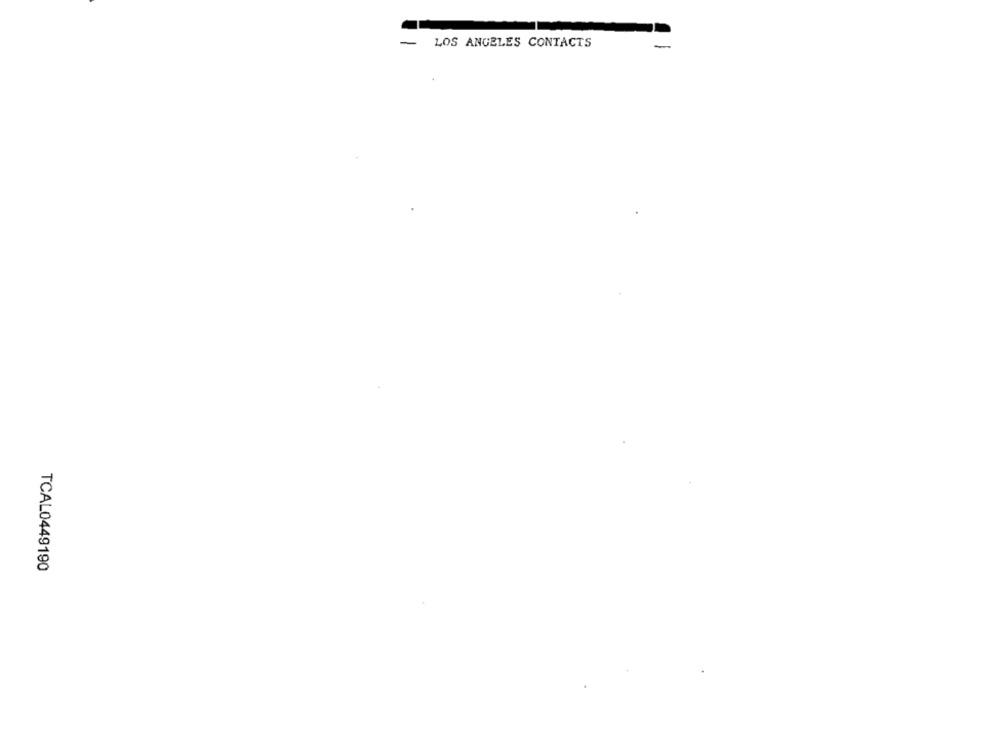
-
LOS ANGELES CONTACTS
TCAL0449190